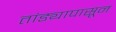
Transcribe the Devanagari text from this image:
तांड्यापासून